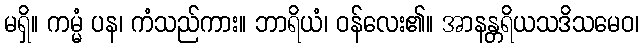
မရှိ။ ကမ္မံ ပန၊ ကံသည်ကား။ ဘာရိယံ၊ ဝန်လေး၏။ အာနန္တရိယသဒိသမေဝ၊